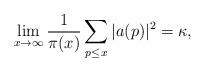
LaTeX: \begin{align*}\lim_{x\to\infty}\frac{1}{\pi(x)}\sum_{p\leq x}|a(p)|^2 = \kappa,\end{align*}